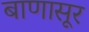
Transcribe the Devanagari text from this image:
बाणासूर